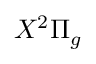
X ^ { 2 } \Pi _ { g }